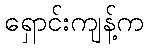
ရှောင်းကျန့်က